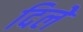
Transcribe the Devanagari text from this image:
दिलेे